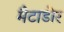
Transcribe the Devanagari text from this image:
मैटाडोर